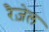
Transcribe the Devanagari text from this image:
रैज़ेल